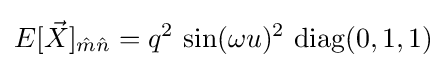
E[{\vec {X}}]_{{\hat {m}}{\hat {n}}}=q^{2}\,\sin(\omega u)^{2}\,\operatorname {diag} (0,1,1)